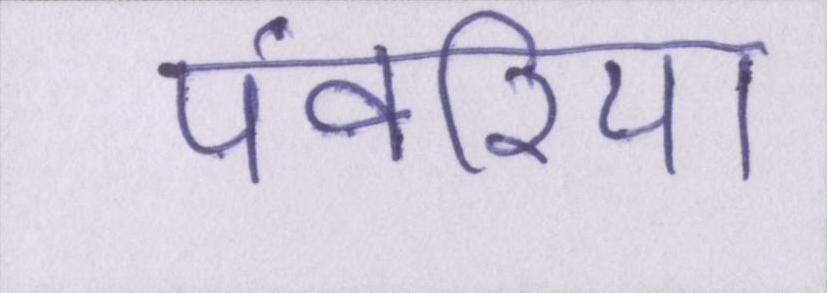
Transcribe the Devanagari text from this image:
पंवरिया